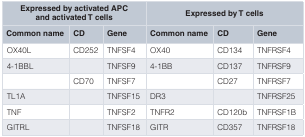
<table><thead><tr><td colspan="3"><b>Expressed by activated APCand activated T cells</b></td><td colspan="3"><b>Expressed by T cells</b></td></tr><tr><td><b>Common name</b></td><td><b>CD</b></td><td><b>Gene</b></td><td><b>Common name</b></td><td><b>CD</b></td><td><b>Gene</b></td></tr></thead><tbody><tr><td>OX40L</td><td>CD252</td><td>TNFSF4</td><td>OX40</td><td>CD134</td><td>TNFRSF4</td></tr><tr><td>4-1BBL</td><td></td><td>TNFSF9</td><td>4-1BB</td><td>CD137</td><td>TNFRSF9</td></tr><tr><td></td><td>CD70</td><td>TNFSF7</td><td></td><td>CD27</td><td>TNFRSF7</td></tr><tr><td>TL1A</td><td></td><td>TNFSF15</td><td>DR3</td><td></td><td>TNFRSF25</td></tr><tr><td>TNF</td><td></td><td>TNFSF2</td><td>TNFR2</td><td>CD120b</td><td>TNFRSF1B</td></tr><tr><td>GITRL</td><td></td><td>TNFSF18</td><td>GITR</td><td>CD357</td><td>TNFRSF18</td></tr></tbody></table>